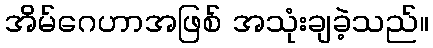
အိမ်ဂေဟာအဖြစ် အသုံးချခဲ့သည်။